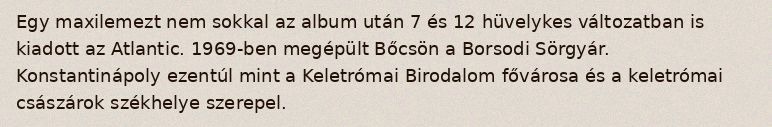
Egy maxilemezt nem sokkal az album után 7 és 12 hüvelykes változatban is kiadott az Atlantic. 1969-ben megépült Bőcsön a Borsodi Sörgyár. Konstantinápoly ezentúl mint a Keletrómai Birodalom fővárosa és a keletrómai császárok székhelye szerepel.